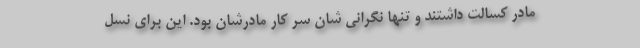
مادر کسالت داشتند و تنها نگرانی شان سر کار مادرشان بود. این برای نسل